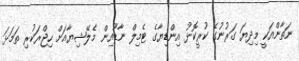
ނަތާންއަކީ މިދިޔަ ގަރުނުގެ ކުރީކޮޅު އިންޑިޔާގެ ޓެމިލް ނާޑޫއިން މެލޭޝިޔާއަށް ހިޖްރަކުރި ތަމަޅަ